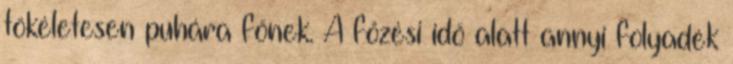
tökéletesen puhára főnek. A főzési idő alatt annyi folyadék